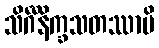
သိင်္ဂီနိက္ခသတဿာပိ